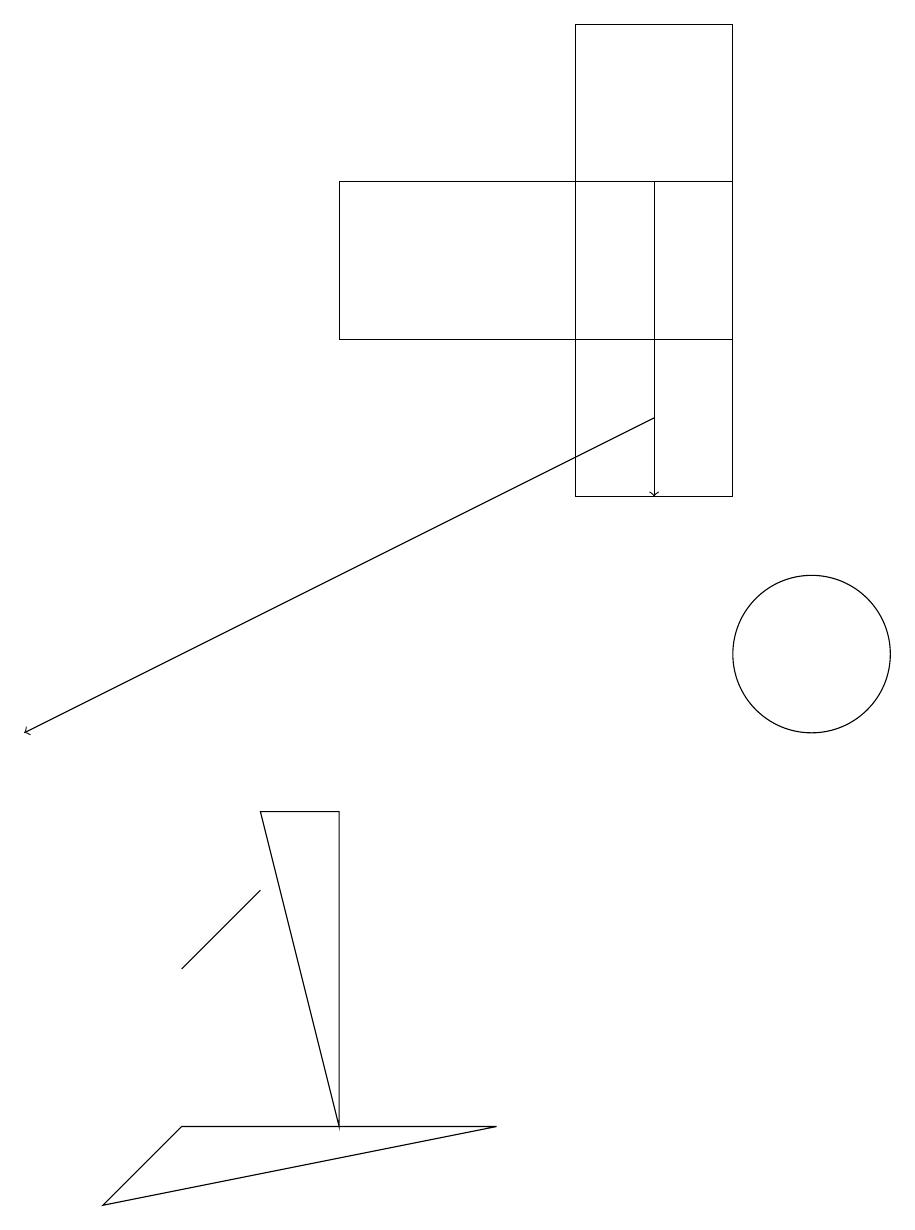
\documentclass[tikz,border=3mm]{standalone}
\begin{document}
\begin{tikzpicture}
\draw[->] (8,17) -- (8,13);
\draw (9,17) rectangle (4,15);
\draw (9,19) rectangle (7,13);
\draw (3,9) -- (4,5) -- (4,9) -- cycle;
\draw (6,5) -- (1,4) -- (2,5) -- cycle;
\draw (10,11) circle (1);
\draw[->] (8,14) -- (0,10);
\draw (2,7) -- (2,7) -- (3,8) -- cycle;
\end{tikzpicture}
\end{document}